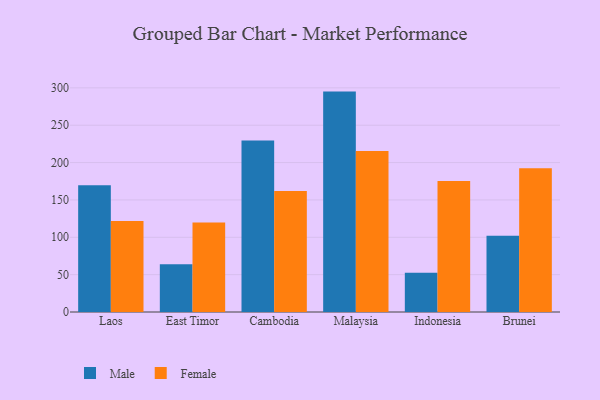
{"axis": {"x": "Country", "y": "Backlog"}, "legend": ["Female", "Male"], "data": [{"x": "Laos", "y": 169.8, "type": "Male"}, {"x": "Laos", "y": 121.7, "type": "Female"}, {"x": "East Timor", "y": 64.0, "type": "Male"}, {"x": "East Timor", "y": 119.8, "type": "Female"}, {"x": "Cambodia", "y": 229.6, "type": "Male"}, {"x": "Cambodia", "y": 162.1, "type": "Female"}, {"x": "Malaysia", "y": 295.0, "type": "Male"}, {"x": "Malaysia", "y": 215.6, "type": "Female"}, {"x": "Indonesia", "y": 52.4, "type": "Male"}, {"x": "Indonesia", "y": 175.2, "type": "Female"}, {"x": "Brunei", "y": 102.0, "type": "Male"}, {"x": "Brunei", "y": 192.3, "type": "Female"}]}